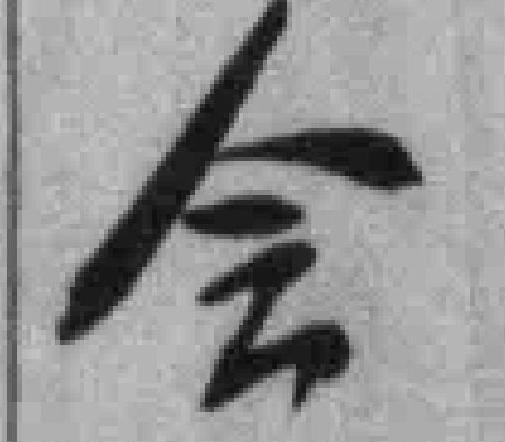
会